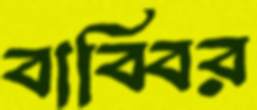
বাব্বির